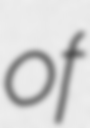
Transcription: of